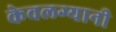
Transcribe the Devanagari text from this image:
केवलग्यानी